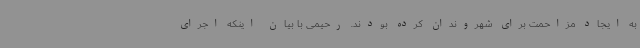
به ایجاد مزاحمت برای شهروندان کرده بودند. رحیمی با بیان اینکه اجرای